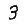
Digit: 3